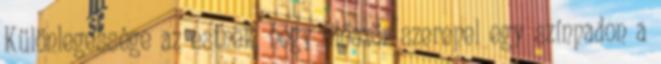
Különlegessége az estnek, hogy először szerepel egy színpadon a